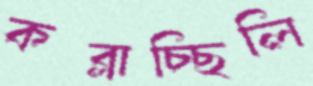
কব্‌লাচ্ছিলি